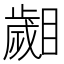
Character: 𣦦